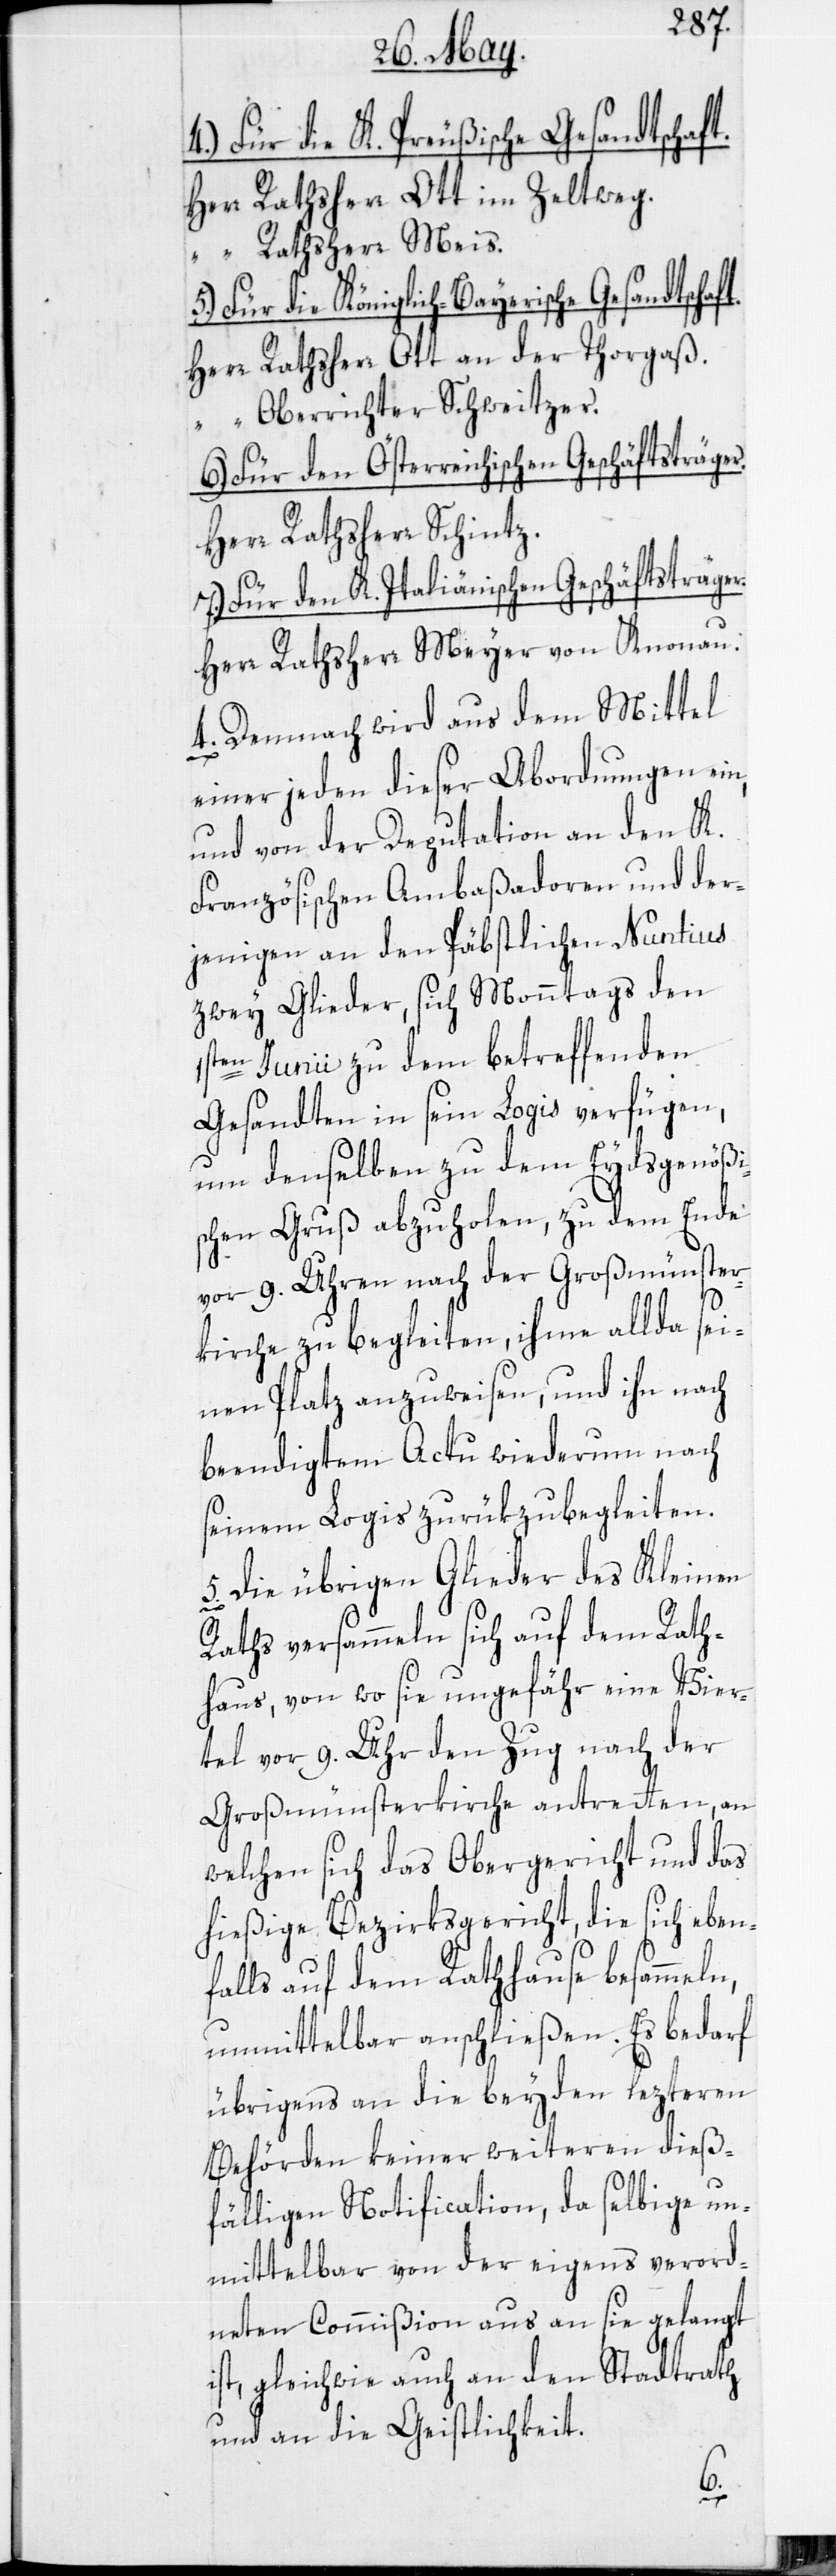
4. Für die K. Preußische Gesandtschaft.
Herr Rathsherr Ott im Zeltweg.
“ Rathsherr Meis.
5. Für die Königlich-Bayerische Gesandtschaf¬
Herr Rathsherr Ott an der Thorgaß.
“ Oberrichter Schweitzer.
6. Für den österreichischen Geschäftsträger.
Herr Rathsherr Schintz.
7. Für den K. Italiänischen Geschäftsträger.
Herr Rathsherr Meyer von Knonau.
4.) Demnach wird aus dem Mittel
einer jeden dieser Abordnungen ein,
und von der Deputation an den K.
Französischen Ambaßadoren und der¬
jenigen an den Päbstlichen Nuntius
zwey Glieder, sich Montags den
1sten Junii zu dem betreffenden
Gesandten in sein Logis verfügen,
um denselben zu dem Eydsgenößi¬
schen Gruß abzuholen, zu dem Ende
vor 9. Uhren nach der Großmünster¬
kirche zu begleiten, ihme allda sei¬
nen Platz anzuweisen, und ihn nach
beendigtem Actu wiederum nach
seinem Logis zurükzubegleiten.
Die übrigen Glieder des Kleinen
Raths versammeln sich auf dem Rath¬
haus, von wo sie ungefähr eine Vier¬
tel vor 9. Uhr den Zug nach der
Großmünsterkirche antretten, an
welchen sich das Obergericht und das
hießige Bezirksgericht, die sich eben¬
falls auf dem Rathhause besammeln,
unmittelbar anschließen. Es bedarf
übrigens an die beyden lezteren
Behörden keiner weiteren dieß¬
fälligen Notification, da selbige un¬
mittelbar von der eigens verord¬
neten Commißion aus an sie gelangt
ist, gleichwie auch an den Stadtrath
und an die Geistlichkeit.
t.